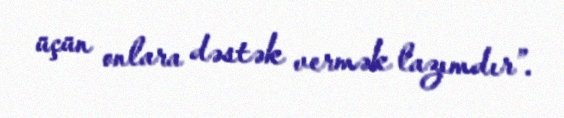
üçün onlara dəstək vermək lazımdır”.